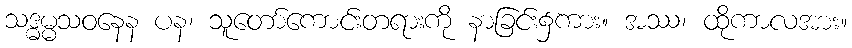
သဒ္ဓမ္မသဝနေန ပန၊ သူတော်ကောင်းတရားကို နာခြင်း၌ကား။ အဿ၊ ထိုကာလအား။